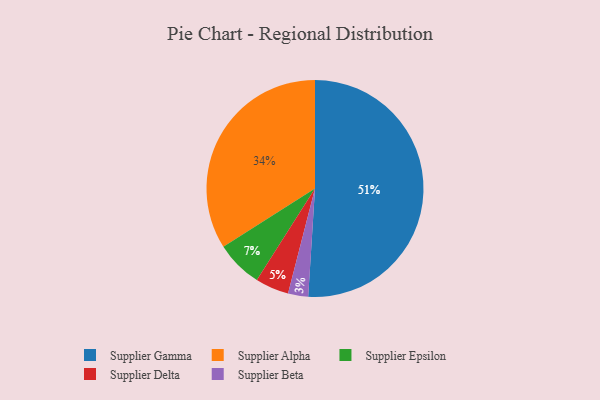
{"axis": {"x": "Category", "y": "Percentage"}, "legend": ["Supplier Alpha", "Supplier Beta", "Supplier Delta", "Supplier Epsilon", "Supplier Gamma"], "data": [{"x": "Supplier Alpha", "y": 34, "type": "Supplier Alpha"}, {"x": "Supplier Epsilon", "y": 7, "type": "Supplier Epsilon"}, {"x": "Supplier Delta", "y": 5, "type": "Supplier Delta"}, {"x": "Supplier Beta", "y": 3, "type": "Supplier Beta"}, {"x": "Supplier Gamma", "y": 51, "type": "Supplier Gamma"}]}